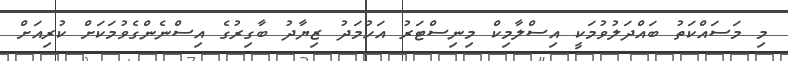
މި މަސައްކަތު ބައްދަލުވުމަކީ އިސްލާމިކް މިނިސްޓަރު އަހުމަދު ޒިޔާދު ބާގިރުގެ އިސްނެންގެވުމަކަށް ކުރިއަށް